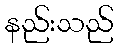
နည်းသည်